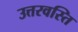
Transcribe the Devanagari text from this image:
उत्तरवस्ति